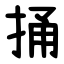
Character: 捅